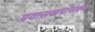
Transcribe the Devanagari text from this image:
प्रवासखर्चासकट